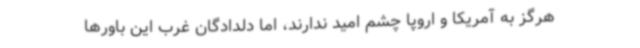
هرگز به آمریکا و اروپا چشم امید ندارند، اما دلدادگان غرب این باورها